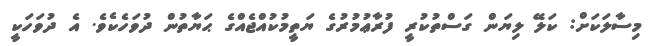
މިސާލަކަށް: ކަލޭ ލިޔަން ގަސްތުކުރީ ފުރާޢުމުރުގެ ޔަތީމުކުއްޖެއްގެ ޙަޔާތުން ދުވަހެކެވެ. އެ ދުވަހަކީ